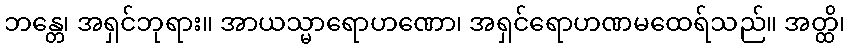
ဘန္တေ၊ အရှင်ဘုရား။ အာယသ္မာရောဟဏော၊ အရှင်ရောဟဏမထေရ်သည်။ အတ္ထိ၊